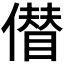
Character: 𠏝